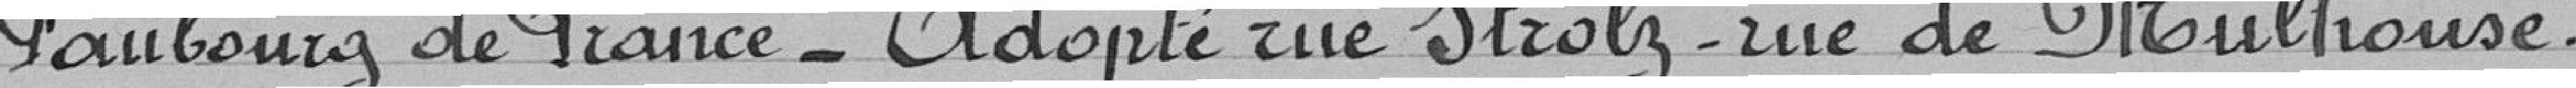
Faubourg de France - Adopté rue Strolz - rue de Mulhouse